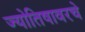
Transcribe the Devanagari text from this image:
ज्योतिषावरचे